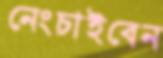
নেংচাইবেন